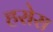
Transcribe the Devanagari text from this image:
हरोरा